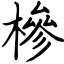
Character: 槮